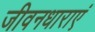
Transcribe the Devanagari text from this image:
जीवनधाराएं